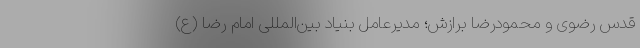
قدس رضوی و محمودرضا برازش؛ مدیرعامل بنیاد بین‌المللی امام رضا (ع)